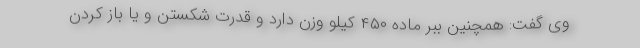
وی گفت: همچنین ببر ماده ۴۵۰ کیلو وزن دارد و قدرت شکستن و یا باز کردن